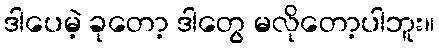
ဒါပေမဲ့ ခုတော့ ဒါတွေ မလိုတော့ပါဘူး။